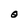
Character: O